Lunatic asylums in Bengal annual reports 1888-1898 - 1888-1898
Year: 1888
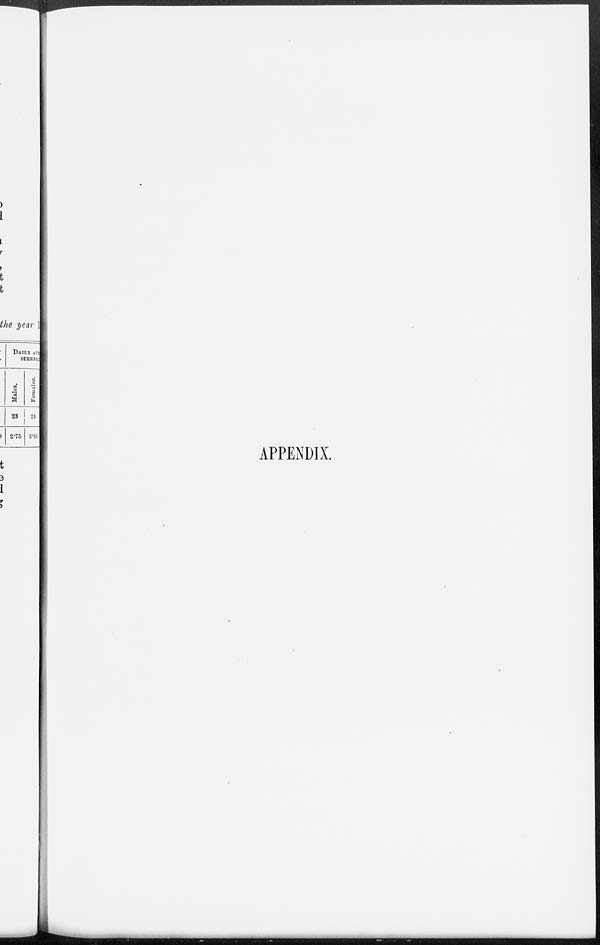
APPENDIX.